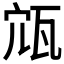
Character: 𡨍